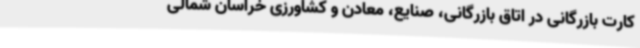
کارت بازرگانی در اتاق بازرگانی، صنایع، معادن و کشاورزی خراسان شمالی